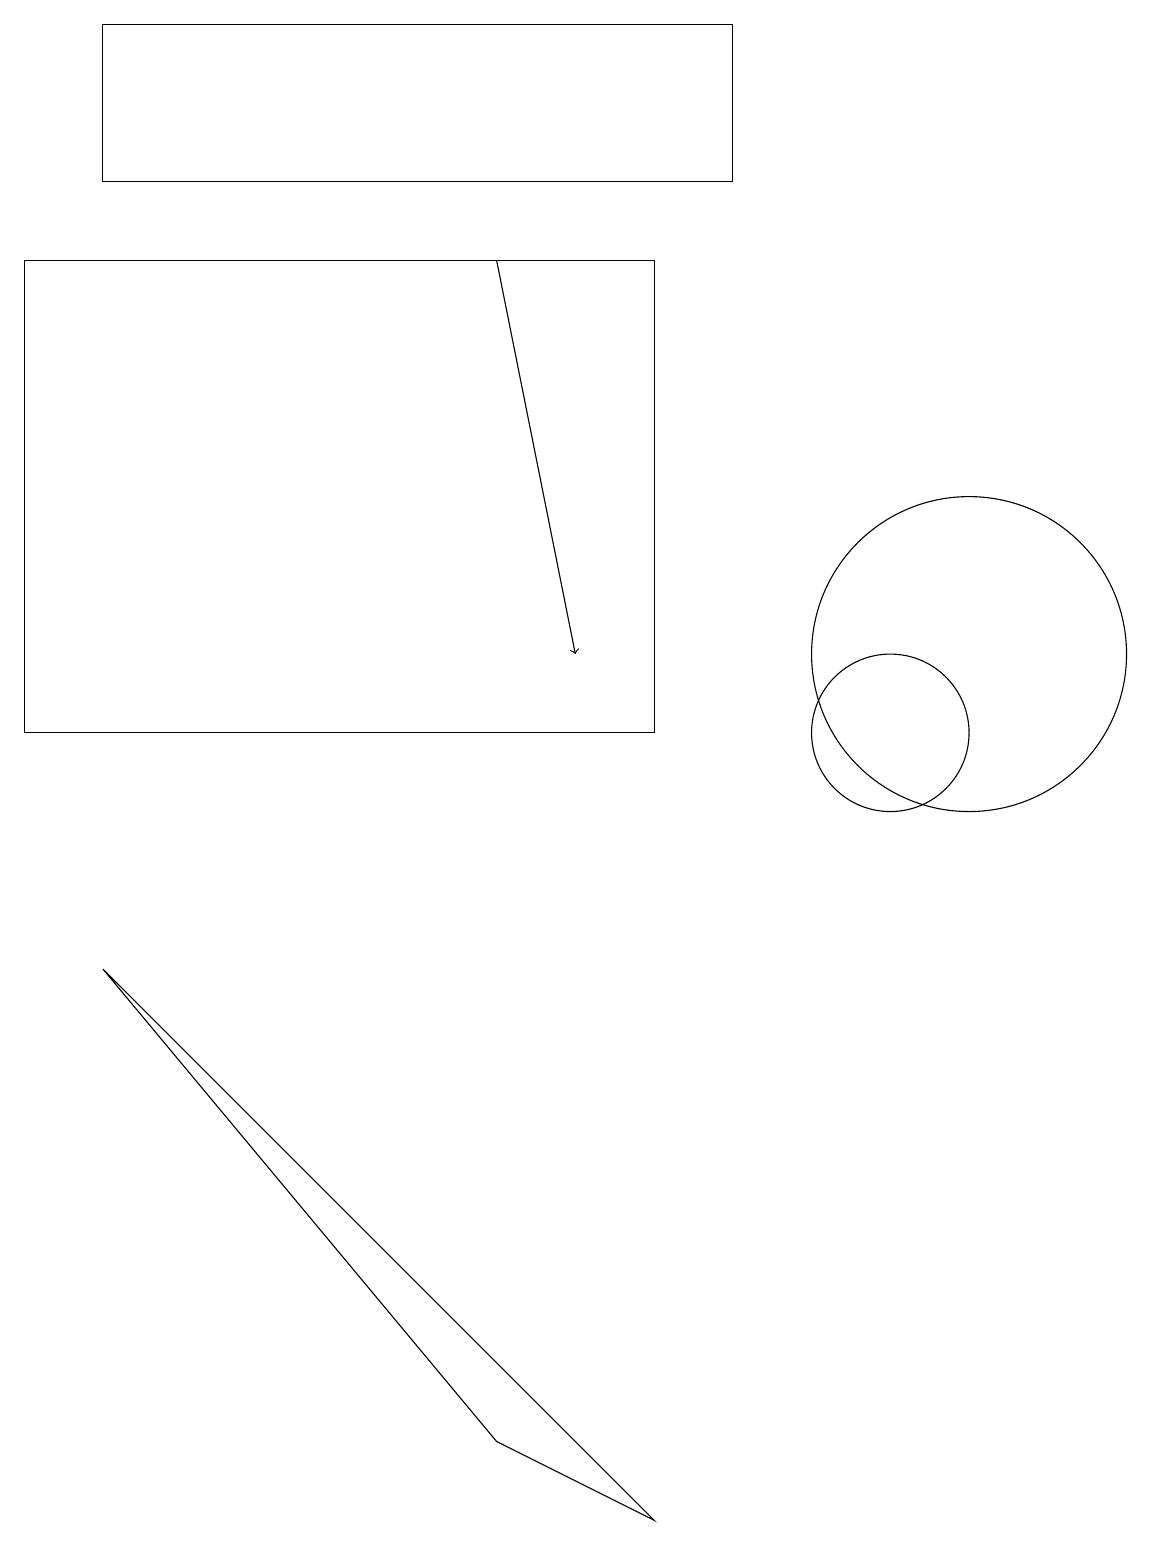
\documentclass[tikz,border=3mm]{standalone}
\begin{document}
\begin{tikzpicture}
\draw (1,7) -- (8,0) -- (6,1) -- cycle;
\draw (11,10) circle (1);
\draw (0,16) rectangle (8,10);
\draw[->] (6,16) -- (7,11);
\draw (1,17) rectangle (9,19);
\draw (10,12) circle (0);
\draw (12,11) circle (2);
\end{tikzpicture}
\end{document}